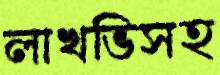
লাখভিসহ